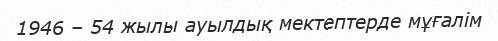
1946 – 54 жылы ауылдық мектептерде мұғалім